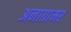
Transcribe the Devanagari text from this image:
अनाग्रामर